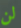
لن